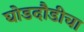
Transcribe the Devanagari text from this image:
घोडदौडीचा